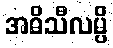
အဓိသီလမ္ပိ